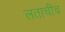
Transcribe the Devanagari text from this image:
लताचीच